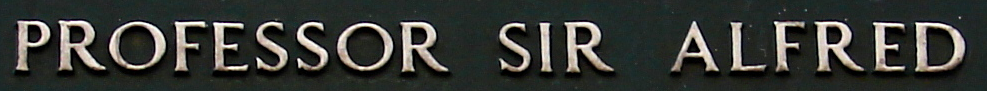
PROFESSOR SIR ALFRED